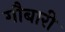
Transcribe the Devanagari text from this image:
गौबारी